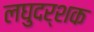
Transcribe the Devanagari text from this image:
लघुदर्शक